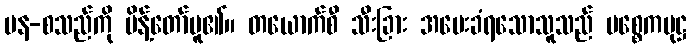
ပန-စသည်ကို မိန့်တော်မူ၏။ တယောက်စီ သီးခြား အမေးခံရသောသူသည် ပစ္စေကပုဋ္ဌ